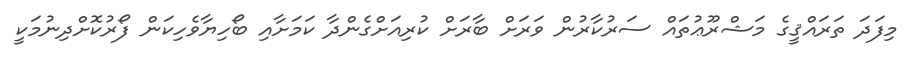
މިފަދަ ތަރައްޤީގެ މަޝްރޫޢުތައް ސަރުކާރުން ވަރަށް ބާރަށް ކުރިއަށްގެންދާ ކަމަށާއި ބޯހިޔާވެހިކަން ފޯރުކޮށްދިނުމަކީ